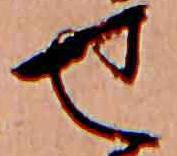
せ